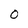
Character: O